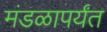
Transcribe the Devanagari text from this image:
मंडळापर्यंत